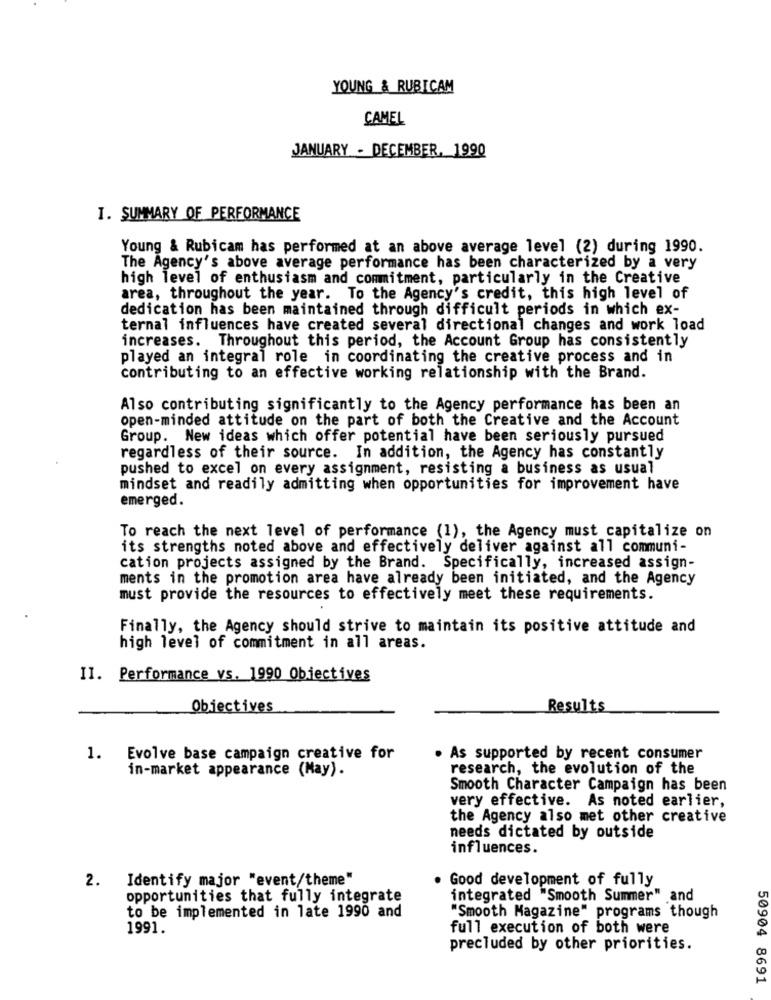
YOUNG & RUBICAM
CAMEL
JANUARY - DECEMBER, 1990
I. SUMMARY OF PERFORMANCE
Young & Rubicam has performed at an above average level (2) during 1990.
The Agency's above average performance has been characterized by a very
high level of enthusiasm and commitment, particularly in the Creative
area, throughout the year. To the Agency's credit, this high level of
dedication has been maintained through difficult periods in which ex-
ternal influences have created several directional changes and work load
increases. Throughout this period, the Account Group has consistently
played an integral role in coordinating the creative process and in
contributing to an effective working relationship with the Brand.
Also contributing significantly to the Agency performance has been an
open-minded attitude on the part of both the Creative and the Account
Group. New ideas which offer potential have been seriously pursued
regardless of their source. In addition, the Agency has constantly
pushed to excel on every assignment, resisting a business as usual
mindset and readily admitting when opportunities for improvement have
emerged.
To reach the next level of performance (1), the Agency must capitalize on
its strengths noted above and effectively deliver against all communi-
cation projects assigned by the Brand. Specifically, increased assign-
ments in the promotion area have already been initiated, and the Agency
must provide the resources to effectively meet these requirements.
Finally, the Agency should strive to maintain its positive attitude and
high level of commitment in all areas.
II. Performance vs. 1990 Objectives
Objectives
Results
1. Evolve base campaign creative for
. As supported by recent consumer
in-market appearance (May).
research, the evolution of the
Smooth Character Campaign has been
very effective. As noted earlier,
the Agency also met other creative
needs dictated by outside
influences.
2. Identify major "event/theme"
Good development of fully
opportunities that fully integrate
integrated "Smooth Summer" and
to be implemented in late 1990 and
"Smooth Magazine" programs though
1991.
full execution of both were
precluded by other priorities.
50904 8691